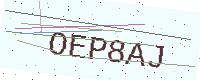
Text: OEP8AJ